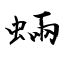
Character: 蜽